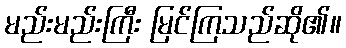
မည်းမည်းကြီး မြင်ကြသည်ဆို၏။